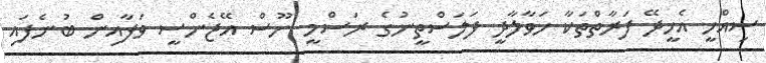
ސިއްހީ އެހީދޭ ފަރާތްތަކާ ހަވާލާދީ ފަލަސްތީނުގެ ރަސްމީ ނޫސް އޭޖެންސީ ވަފާއިން ބުނެފައި